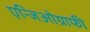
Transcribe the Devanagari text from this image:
एन्जिओग्राफी